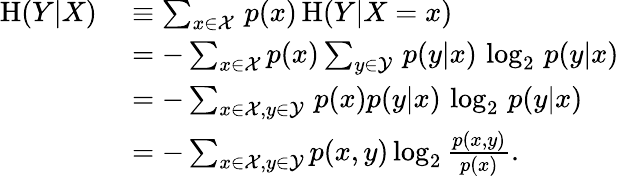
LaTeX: {\begin{array}{rl}{\mathrm{H}(Y|X)\ }&{\equiv\sum_{x\in{\mathcal{X}}}\, p(x)\, \mathrm{H}(Y|X=x)}\\ &{=-\sum_{x\in{\mathcal{X}}}p(x)\sum_{y\in{\mathcal{Y}}}\, p(y|x)\, \log_{2}\, p(y|x)}\\ &{=-\sum_{x\in{\mathcal{X}},y\in{\mathcal{Y}}}\, p(x)p(y|x)\, \log_{2}\, p(y|x)}\\ &{=-\sum_{x\in{\mathcal{X}},y\in{\mathcal{Y}}}p(x,y)\log_{2}{\frac{p(x,y)}{p(x)}}.}\end{array}}